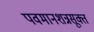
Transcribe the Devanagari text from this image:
पवमानशन्नसूक्त